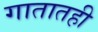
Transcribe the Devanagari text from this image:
गातातही